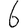
Digit: 6